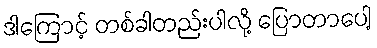
ဒါကြောင့် တစ်ခါတည်းပါလို့ ပြောတာပေါ့